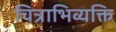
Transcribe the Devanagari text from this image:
चित्राभिव्यक्ति